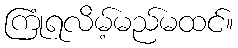
ကြုံရလိမ့်မည်မထင်။